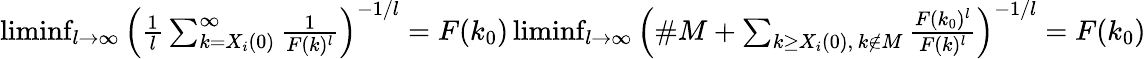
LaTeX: \begin{array}{r}{\operatorname*{liminf}_{l\to\infty}\left(\frac 1l\sum_{k=X_{i}(0)}^{\infty}\frac{1}{F(k)^{l}}\right)^{-1/l}=F(k_{0})\operatorname*{liminf}_{l\to\infty}\left(\# M+\sum_{k\ge X_{i}(0),\, k\notin M}\frac{F(k_{0})^{l}}{F(k)^{l}}\right)^{-1/l}=F(k_{0})}\end{array}